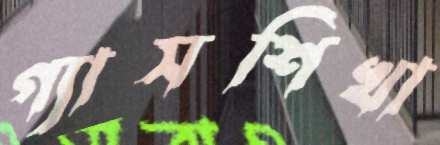
গ্যাসশিখা